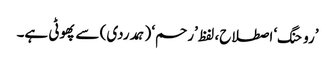
’روحنگ‘ اصطلاح، لفظ ’رحم‘ (ہمدردی) سے پھوٹی ہے۔